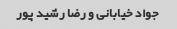
جواد خیابانی و رضا رشید پور